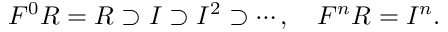
F ^ { 0 } R = R \supset I \supset I ^ { 2 } \supset \cdots , \quad F ^ { n } R = I ^ { n } .